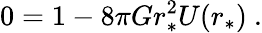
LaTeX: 0=1-8\pi Gr_{*}^{2}U(r_{*})\ .